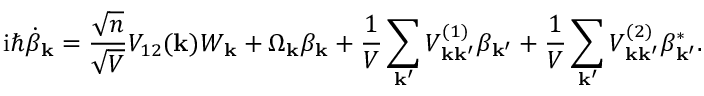
\mathrm { i } \hbar \dot { \beta } _ { \mathbf { k } } = \frac { \sqrt { n } } { \sqrt { V } } V _ { 1 2 } ( \mathbf { k } ) W _ { \mathbf { k } } + \Omega _ { \mathbf { k } } \beta _ { \mathbf { k } } + \frac { 1 } { V } \sum _ { \mathbf { k } ^ { \prime } } V _ { \mathbf { k } \mathbf { k } ^ { \prime } } ^ { ( 1 ) } \beta _ { \mathbf { k } ^ { \prime } } + \frac { 1 } { V } \sum _ { \mathbf { k } ^ { \prime } } V _ { \mathbf { k } \mathbf { k } ^ { \prime } } ^ { ( 2 ) } \beta _ { \mathbf { k } ^ { \prime } } ^ { * } .